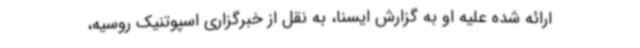
ارائه شده علیه او به گزارش ایسنا، به نقل از خبرگزاری اسپوتنیک روسیه،